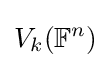
V_{k}(\mathbb {F} ^{n})